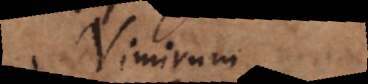
Nimirum